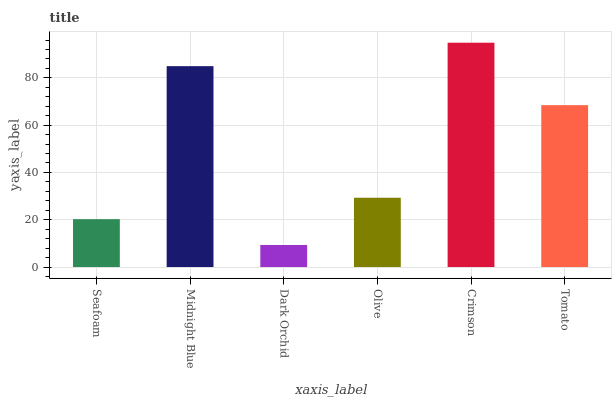
| xaxis_label | bars |
 | --- | --- |
 | Seafoam | 20.2 |
 | Midnight Blue | 84.9 |
 | Dark Orchid | 9.33 |
 | Olive | 29.3 |
 | Crimson | 94.9 |
 | Tomato | 68.5 |